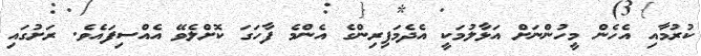
ކުރުމާއި އެހެން މީހުންނަށް އަޅާލުމަކީ އެދެމަފިރިންގެ އެންމެ ފާހަގަ ކޮށްލެވޭ އެއްސިފައެވެ. ރަށުގައި